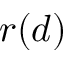
r ( d )